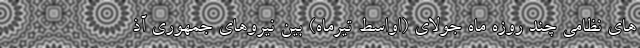
های نظامی چند روزه ماه جولای (اواسط تیرماه) بین نیروهای جمهوری آذ